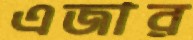
এজার